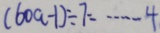
( 6 0 a - 1 ) \div 7 \cdots 4